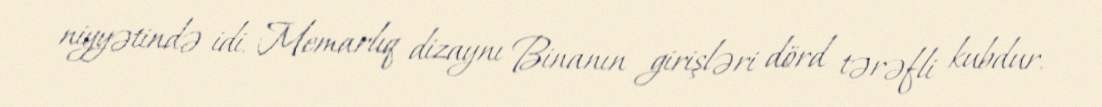
niyyətində idi. Memarlıq dizaynı Binanın girişləri dörd tərəfli kubdur.